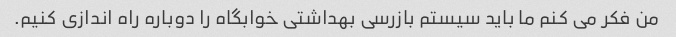
من فکر می کنم ما باید سیستم بازرسی بهداشتی خوابگاه را دوباره راه اندازی کنیم.